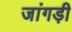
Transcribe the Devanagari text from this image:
जांगड़ी